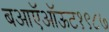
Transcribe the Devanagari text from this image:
बआऍऑऊट१९८७